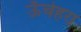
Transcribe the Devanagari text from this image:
ऊँचेहरा